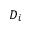
D _ { i }